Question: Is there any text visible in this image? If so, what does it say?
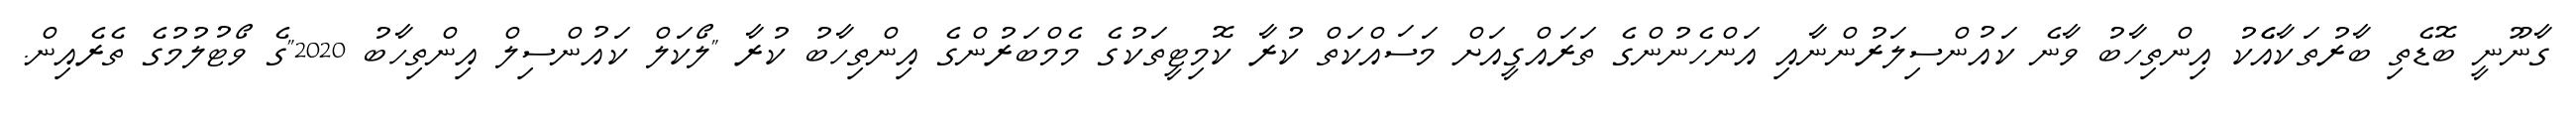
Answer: ގާނޫނީ ބޮޑެތި ބާރުތަކާއެެކު އިންތިހާބު ވާނެ ކައުންސިލަރުންނާއި އަންހެނުންގެ ތަރައްގީއަށް މަސައްކަތް ކުރާ ކޮމިޓީތަކުގެ މެމްބަރުންގެ އިންތިހާބު ކުރާ "ލޯކަލް ކައުންސިލް އިންތިހާބު 2020"ގެ ވޯޓުލުމުގެ ތެރެއިން.